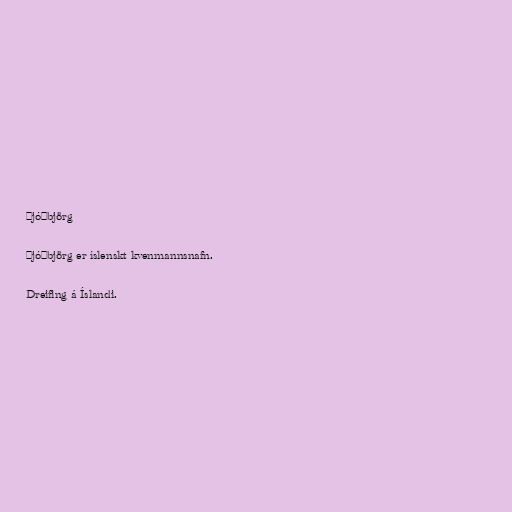
Þjóðbjörg

Þjóðbjörg er íslenskt kvenmannsnafn.

Dreifing á Íslandi.